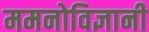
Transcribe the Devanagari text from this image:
ममनोविज्ञानी